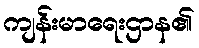
ကျန်းမာရေးဌာန၏